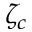
\zeta _ { c }